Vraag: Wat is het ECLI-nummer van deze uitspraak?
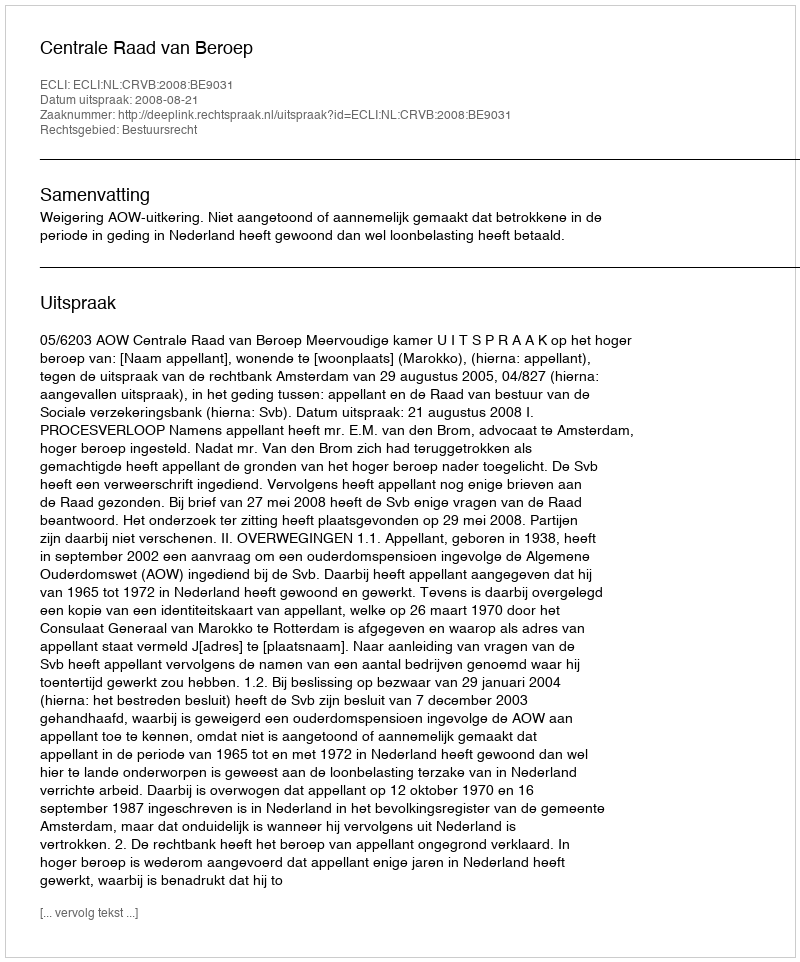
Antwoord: ECLI:NL:CRVB:2008:BE9031